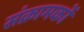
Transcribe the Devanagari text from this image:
संक्रामकों